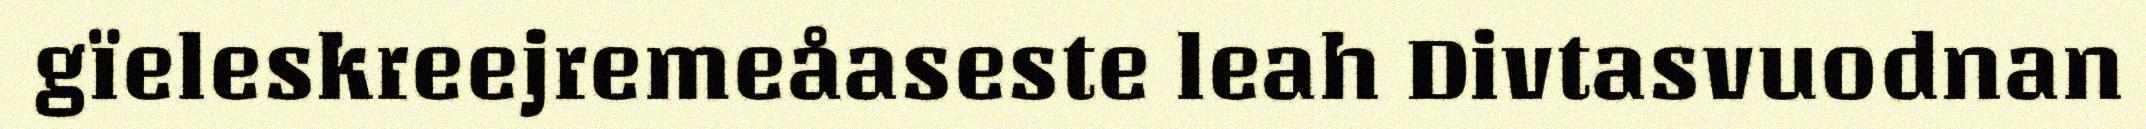
gïeleskreejremeåaseste leah Divtasvuodnan